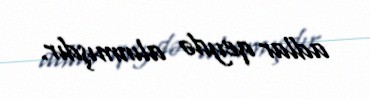
adlar qeydə alınmışdır.